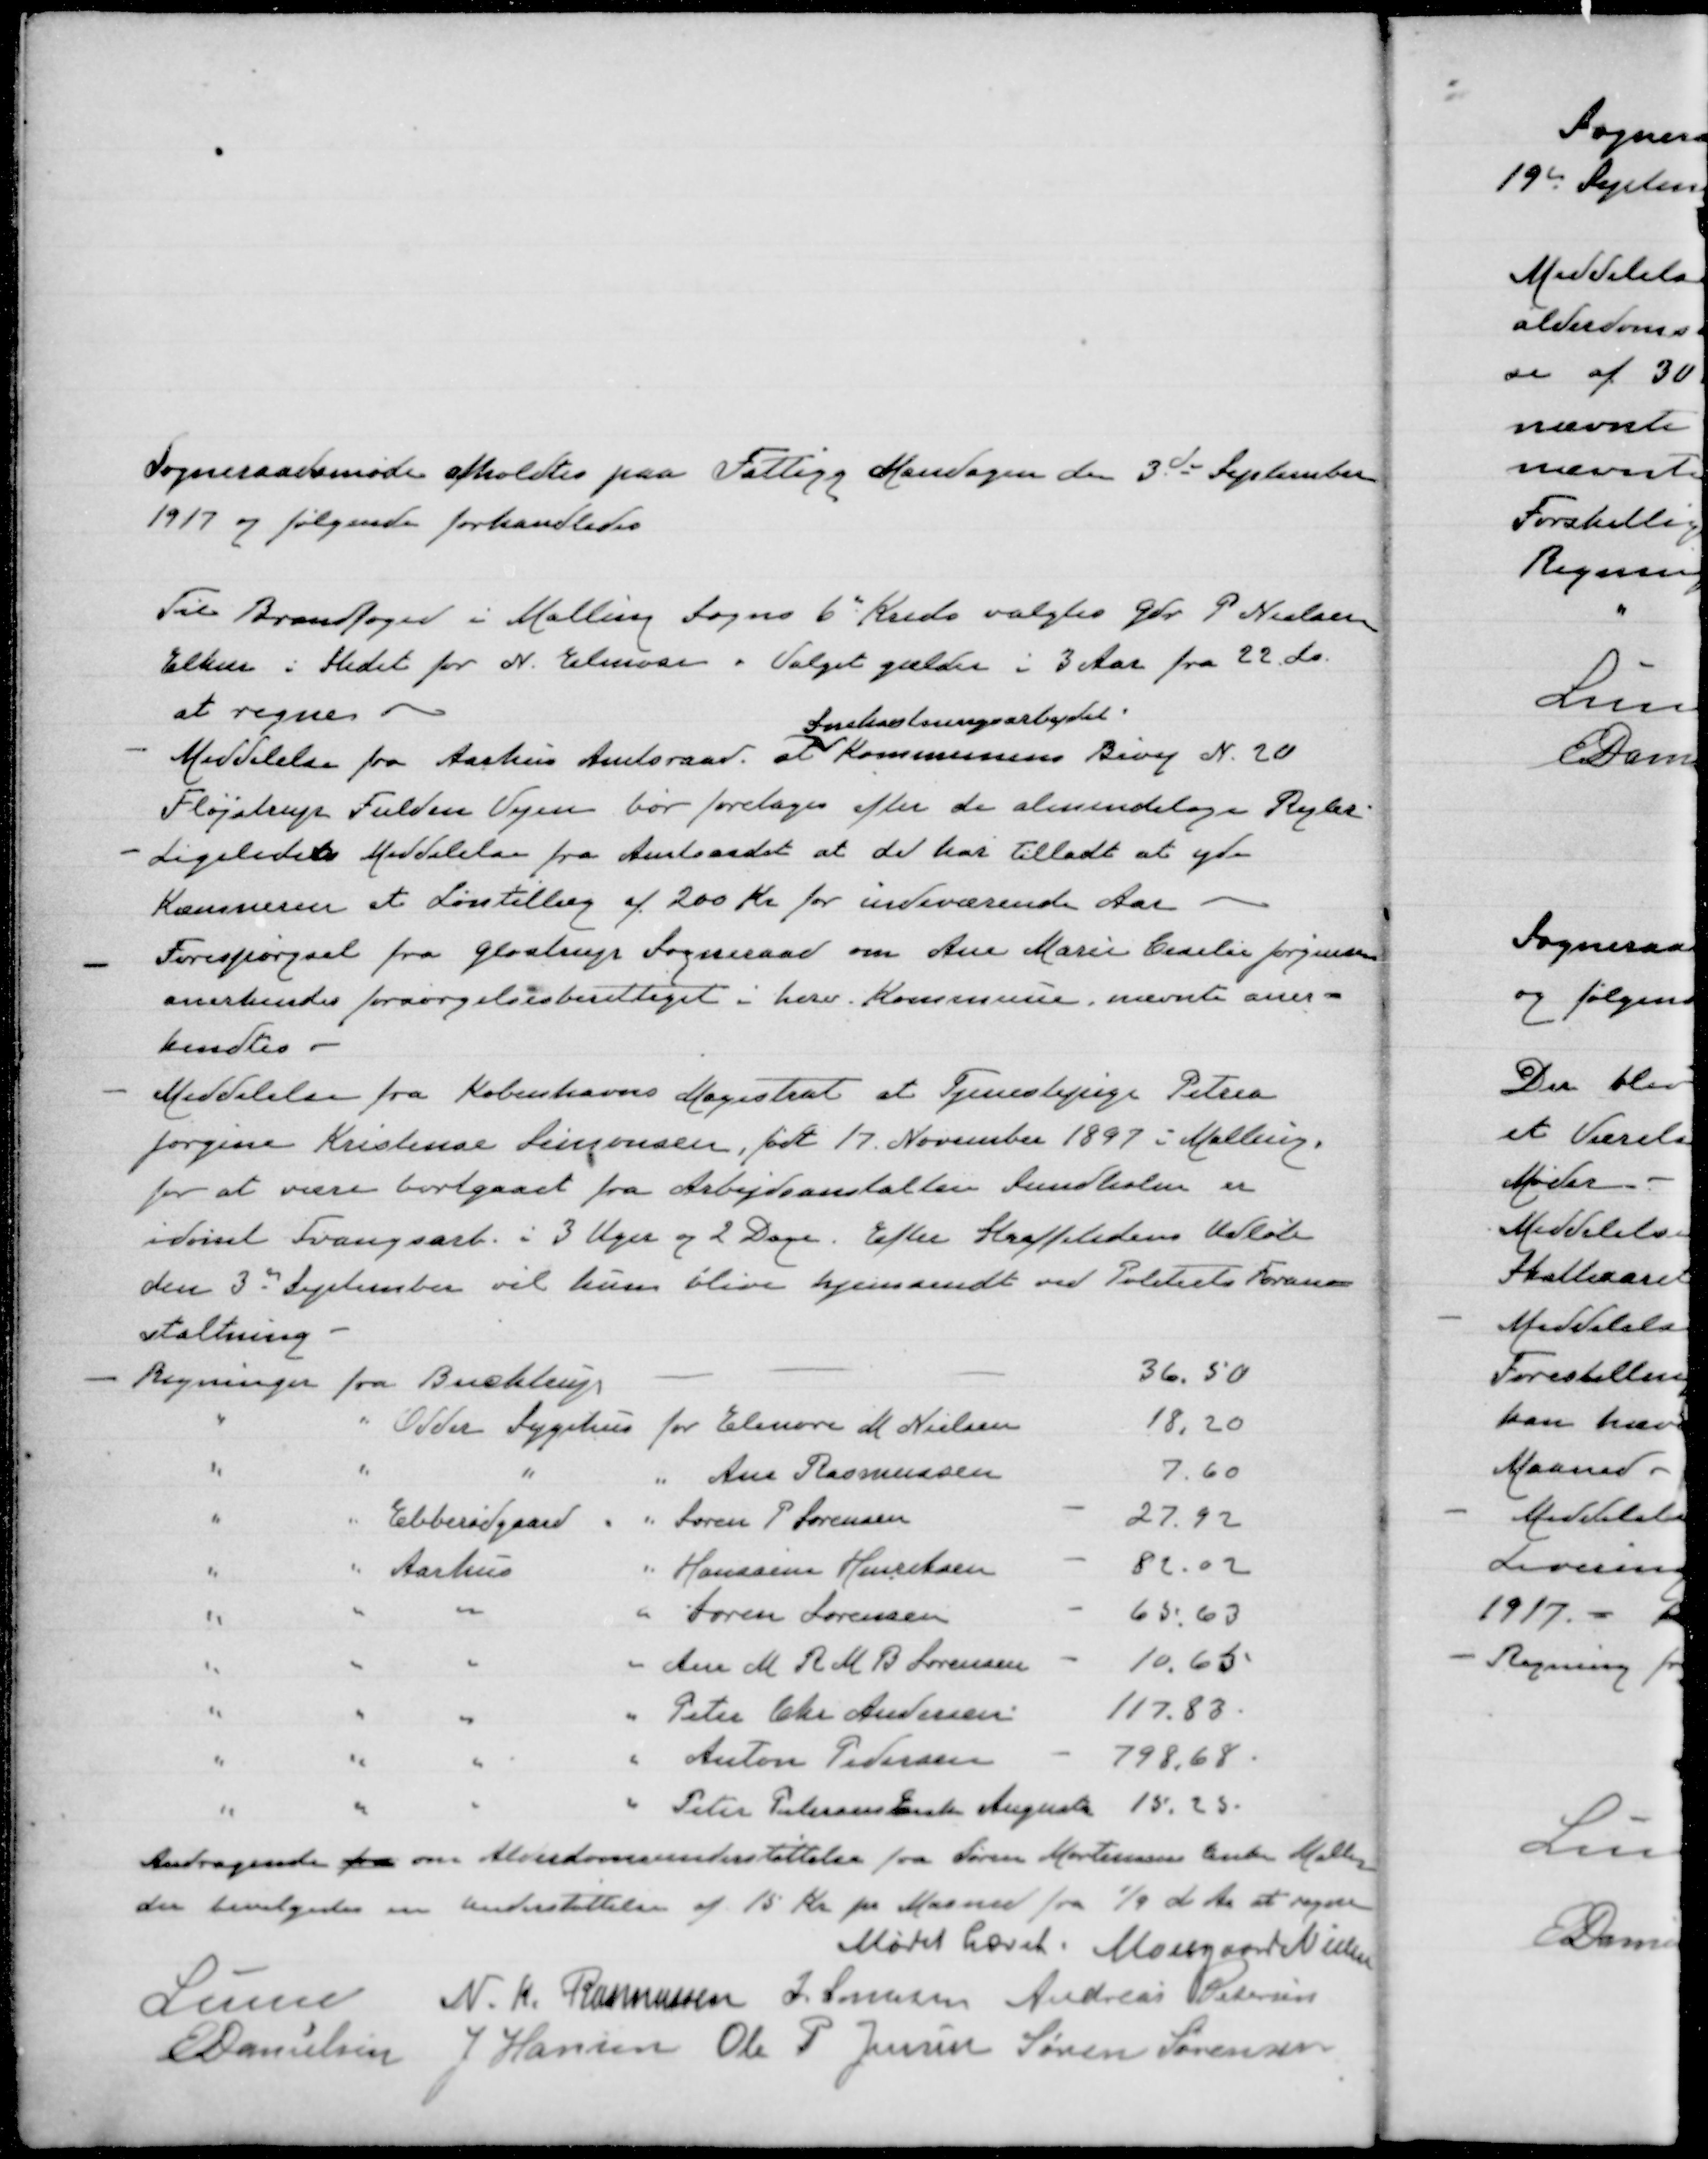
Transskription:
Sogneraadsmøde afholdtes paa Fattigg Mandagen den 3de September
1917 og følgende forhandledes
Til Brandfoged i Malling Sogns 6" Kreds valgtes Gdr. P Nielsen
Elhus i Stedet for N. Elmose. Valget gælder i 3 Aar fra 22. ds.
at regne.
Meddelelse fra Aarhus Amtsraad at
Snekastningsarbejdet
kommunens Bivej N. 20
Fløjstrup Fulden Vejen bør foretages efter de almindelige Regler.
Ligeledes Meddelelse fra Amtsrådet at det har tilladt at yde
Kommunen et Løntillæg af 200 Kr for indeværende Aar.
Forespørgsel fra Glostrup Sogneraad om Ane Marie Cecilie Jørgensen
anerkendes forsørgelsesberettiget i herv. Kommune, nævnte aner-
kendtes
Meddelelse fra Københavns Magistrat at Tjenestepige Petrea
Jørgine Kristense Simonsen, født 17. November 1897 i Malling
for at være bortgaaet fra Arbejdsanstalten Sundholm er
idømt Tvangsarb. i 3 Uger og 2 Dage. Efter Straffetidens Udløb
den 3" September vil hun blive hjemsendt ved Politiets Foran-
staltning.
Regninger fra Bucktrups
36.50
"
" Odder Sygehus for Elenore M Nielsen
18,20
" " "
" Ane Rasmussen
7,60
"
" Ebberødgaard
" Søren P. Sørensen
27, 92
"
" Aarhus
" Hanssine Henriksen
82,02
" " "
" Søren Sørensen
65,63
" " "
" Ane M R M B Sørensen
10,63
" " "
" Peter Chr Andersen
117,83
" " "
" Anton Pedersen
798,68
" " "
" Peter Petersens Enke Augusta 15,25.
Andragende fra om Alderdomsunderstøttelse fra Søren Mortensens Enke Malling
der bevilgedes en Understøttelse af 15 Kr pr Maaned fra 1/9 d Aar at regne.
Mødet hævet. Moesgaard Nielsen
Lunn N. K. Rasmussen J. Jensen Andreas Petersen
E Danielsen J Hansen Ole P Jensen Søren Sørensen